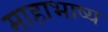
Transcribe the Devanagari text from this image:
माहाभाष्य